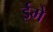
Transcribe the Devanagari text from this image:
ईमे